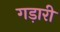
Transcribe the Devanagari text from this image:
गड़ारी